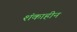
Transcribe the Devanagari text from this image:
शंकाहीन